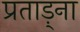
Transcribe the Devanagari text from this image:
प्रताड़्ना